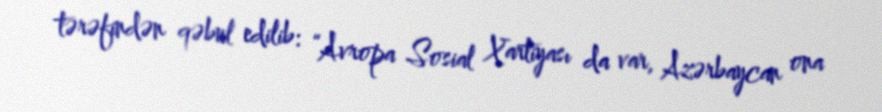
tərəfindən qəbul edilib: “Avropa Sosial Xartiyası da var, Azərbaycan ona